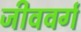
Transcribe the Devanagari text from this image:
जीववर्ग